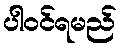
ပါဝင်ရမည်